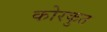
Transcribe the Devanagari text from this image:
कोरकुत